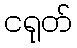
ငရုတ်